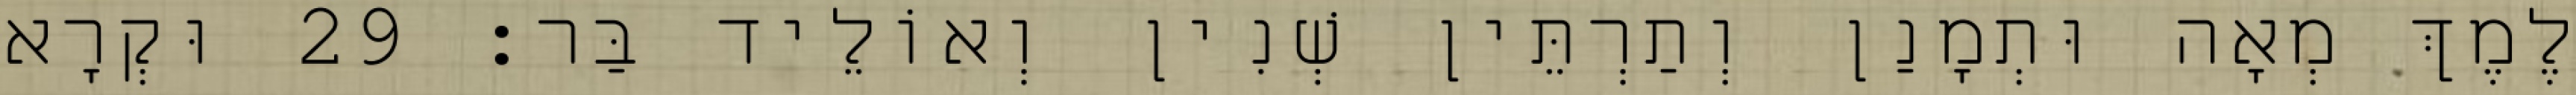
לֶמֶךְ מְאָה וּתְמָנַן וְתַרְתֵּין שְׁנִין וְאוֹלֵיד בַּר׃ 29 וּקְרָא